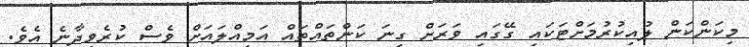
މިކަންކަން ލުއިކުރުމަށްޓަކައި ގޭގައި ވަރަށް ގިނަ ކަންތައްތައް އަމިއްލައަށް ވެސް ކުރެވިދާނެ އެވެ.